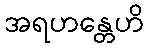
အရဟန္တေဟိ